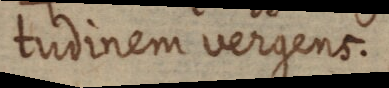
tudinem vergens.